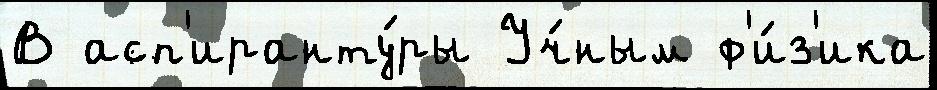
В асп'иранту́ры Уч́ным ф'и́з'ика